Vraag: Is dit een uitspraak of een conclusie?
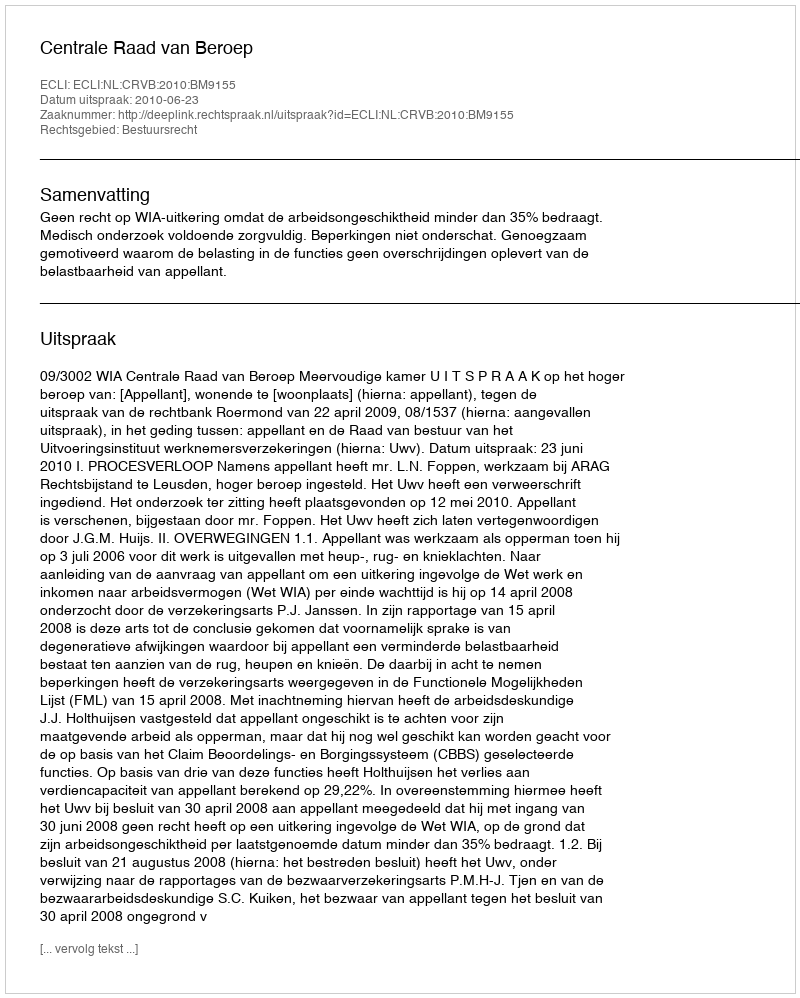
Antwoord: Uitspraak